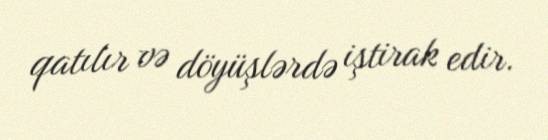
qatılır və döyüşlərdə iştirak edir.